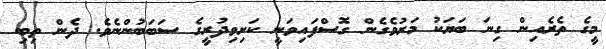
މީގެ ތެރެއިން ގިނަ ބަޔަކު މަރުވެގެން ގޮސްފައިވަނީ ކަށިވިދުރީގެ ސަބަބުންނެވެ. ދެން ތިބި